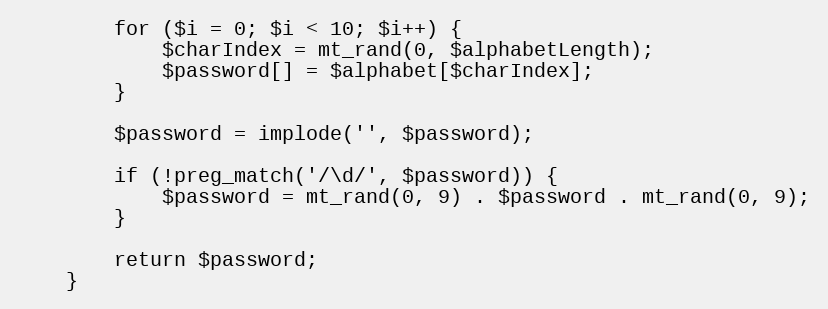
Language: PHP
        for ($i = 0; $i < 10; $i++) {
            $charIndex = mt_rand(0, $alphabetLength);
            $password[] = $alphabet[$charIndex];
        }

        $password = implode('', $password);

        if (!preg_match('/\d/', $password)) {
            $password = mt_rand(0, 9) . $password . mt_rand(0, 9);
        }

        return $password;
    }